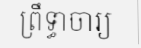
ព្រឹទ្ធាចារ្យ